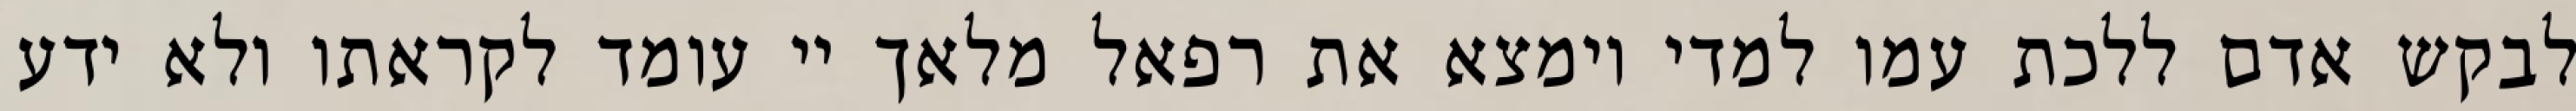
לבקש אדם ללכת עמו למדי וימצא את רפאל מלאך יי עומד לקראתו ולא ידע